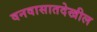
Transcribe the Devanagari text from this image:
वनवासातदेखील